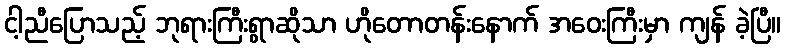
ငါ့ညီပြောသည့် ဘုရားကြီးရွာဆိုသာ ဟိုတောတန်းနောက် အဝေးကြီးမှာ ကျန် ခဲ့ပြီ။